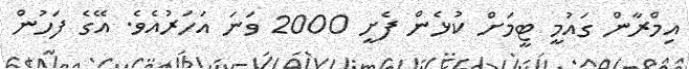
އިމްރާން ގައުމީ ޓީމަށް ކުޅެން ފެށީ 2000 ވަނަ އަހަރުއެވެ. އޭގެ ފަހުން